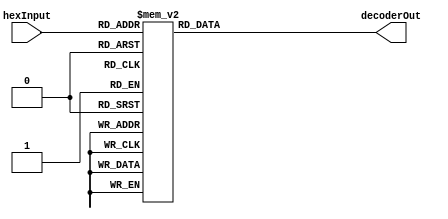
module Nhat_LEDBarDecoder(hexInput, decoderOut);
	input[3:0] hexInput;
	output[9:0] decoderOut;
	reg[9:0] decoderOut;
	
	always @(hexInput) begin
		case (hexInput)
			4'b0000: begin decoderOut = 10'b0000000000; end
			4'b0001: begin decoderOut = 10'b1000000000; end
			4'b0010: begin decoderOut = 10'b1100000000; end
			4'b0011: begin decoderOut = 10'b1110000000; end
			4'b0100: begin decoderOut = 10'b1111000000; end
			4'b0101: begin decoderOut = 10'b1111100000; end
			4'b0110: begin decoderOut = 10'b1111110000; end
			4'b0111: begin decoderOut = 10'b1111111000; end
			4'b1000: begin decoderOut = 10'b1111111100; end
			4'b1001: begin decoderOut = 10'b1111111110; end
			4'b1010: begin decoderOut = 10'b1111111111; end
			
			default: begin decoderOut = 10'b1111111111; end
		endcase
	end
endmodule